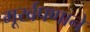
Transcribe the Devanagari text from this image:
मूर्खपणाने